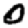
Digit: 0